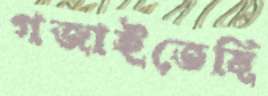
গজাইতেছি